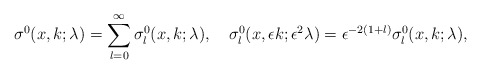
\begin{align*}\sigma^0(x,k;\lambda)=\sum_{l=0}^{\infty}\sigma^0_l(x,k;\lambda),\quad\sigma^0_l(x,\epsilon k;\epsilon^2\lambda)=\epsilon^{-2(1+l)}\sigma^0_l(x,k;\lambda),\end{align*}